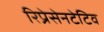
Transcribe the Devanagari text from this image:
रिप्रेसेनटेटिव